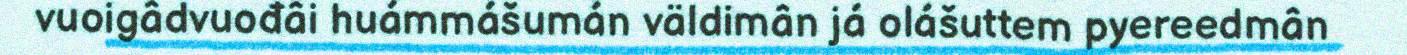
vuoigâdvuođâi huámmášumán väldimân já olášuttem pyereedmân